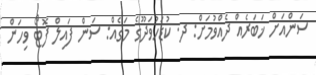
ސަންއަށް ޚަބަރެއް ދެއްވުމަށް: ދ. ކުޑަހުވަދޫގެ މަގެއް: ސަން ފައިލް ފޮޓޯ ވިހަން